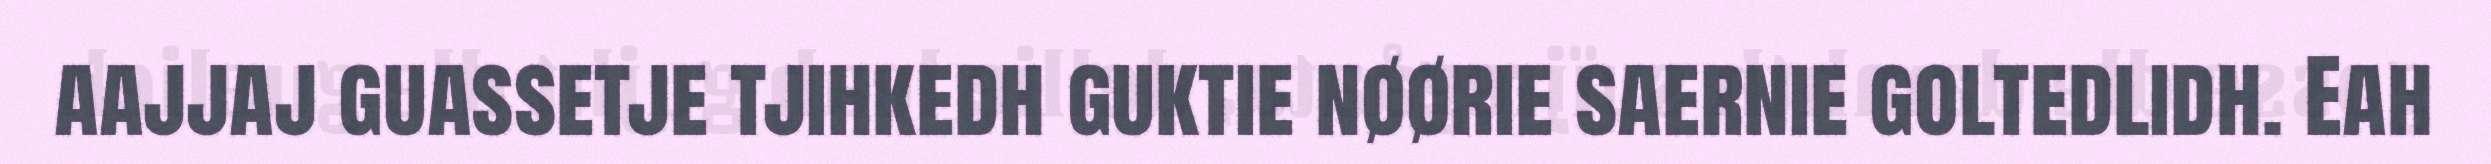
aajjaj guassetje tjihkedh guktie nøørie saernie goltedlidh. Eah